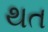
થત